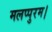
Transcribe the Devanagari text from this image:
मलप्पुरम।